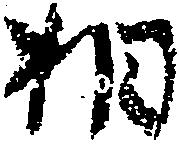
相